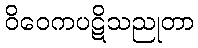
ဝိဝေကပဋိသညုတာ